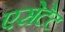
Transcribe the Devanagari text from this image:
एसेटेट